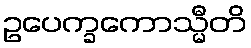
ဥပေက္ခကောသ္မီတိ